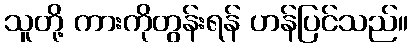
သူတို့ ကားကိုတွန်းရန် ဟန်ပြင်သည်။